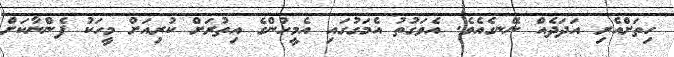
ހިތަށްއެރި އަދަދެއް ނޭނގެއެވެ. އެވަގުތު އެމަގުގައި އެމީހުންގެ އިތުރަށް ކުރިއަށް މީހަކު ފެންނާކަށް